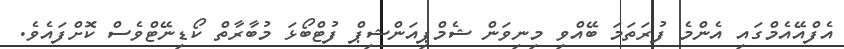
އެފްއޭއެމްގައި އެންމެ ފުރަތަމަ ބޭއްވި މިނިވަން ޝެމްޕިއަންޝިޕް ފުޓްބޯޅަ މުބާރާތް ކޯޑިނޭޓްވެސް ކޮށްފައެވެ.